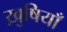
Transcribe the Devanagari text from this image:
ख़ुषियाँ